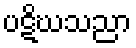
ပဋိဃသညာ